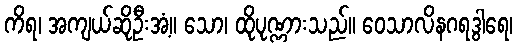
ကိရ၊ အကျယ်ဆိုဦးအံ့။ သော၊ ထိုပုဏ္ဏားသည်။ ဝေသာလိနဂရဒွါရေ၊